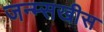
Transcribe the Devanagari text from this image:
जन्म्सखीस